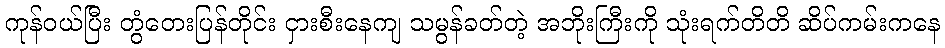
ကုန်ဝယ်ပြီး တွံတေးပြန်တိုင်း ငှားစီးနေကျ သမွန်ခတ်တဲ့ အဘိုးကြီးကို သုံးရက်တိတိ ဆိပ်ကမ်းကနေ